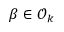
\beta \in { \mathcal { O } } _ { k }